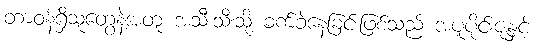
တာဝန်ရှိသူတွေနဲ့အတူ အသီးသီးသို့ ခက်ခဲနေခြင်းဖြစ်သည် အပူပိုင်းဇုံနှင့်